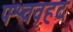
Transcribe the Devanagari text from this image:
पश्चवृहद